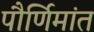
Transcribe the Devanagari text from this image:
पौर्णिमांत